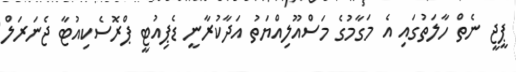
ޕީޖީ ނެތް ހާލަތުގައި އެ މަގާމުގެ މަސްއޫލިއްޔަތު އަދާކުރާނީ ޑެޕިއުޓީ ޕްރޮސެކިއުޓާ ޖެނަރަލް